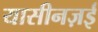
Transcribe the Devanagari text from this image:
यासीनज़ई